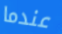
عندما